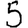
Digit: 5